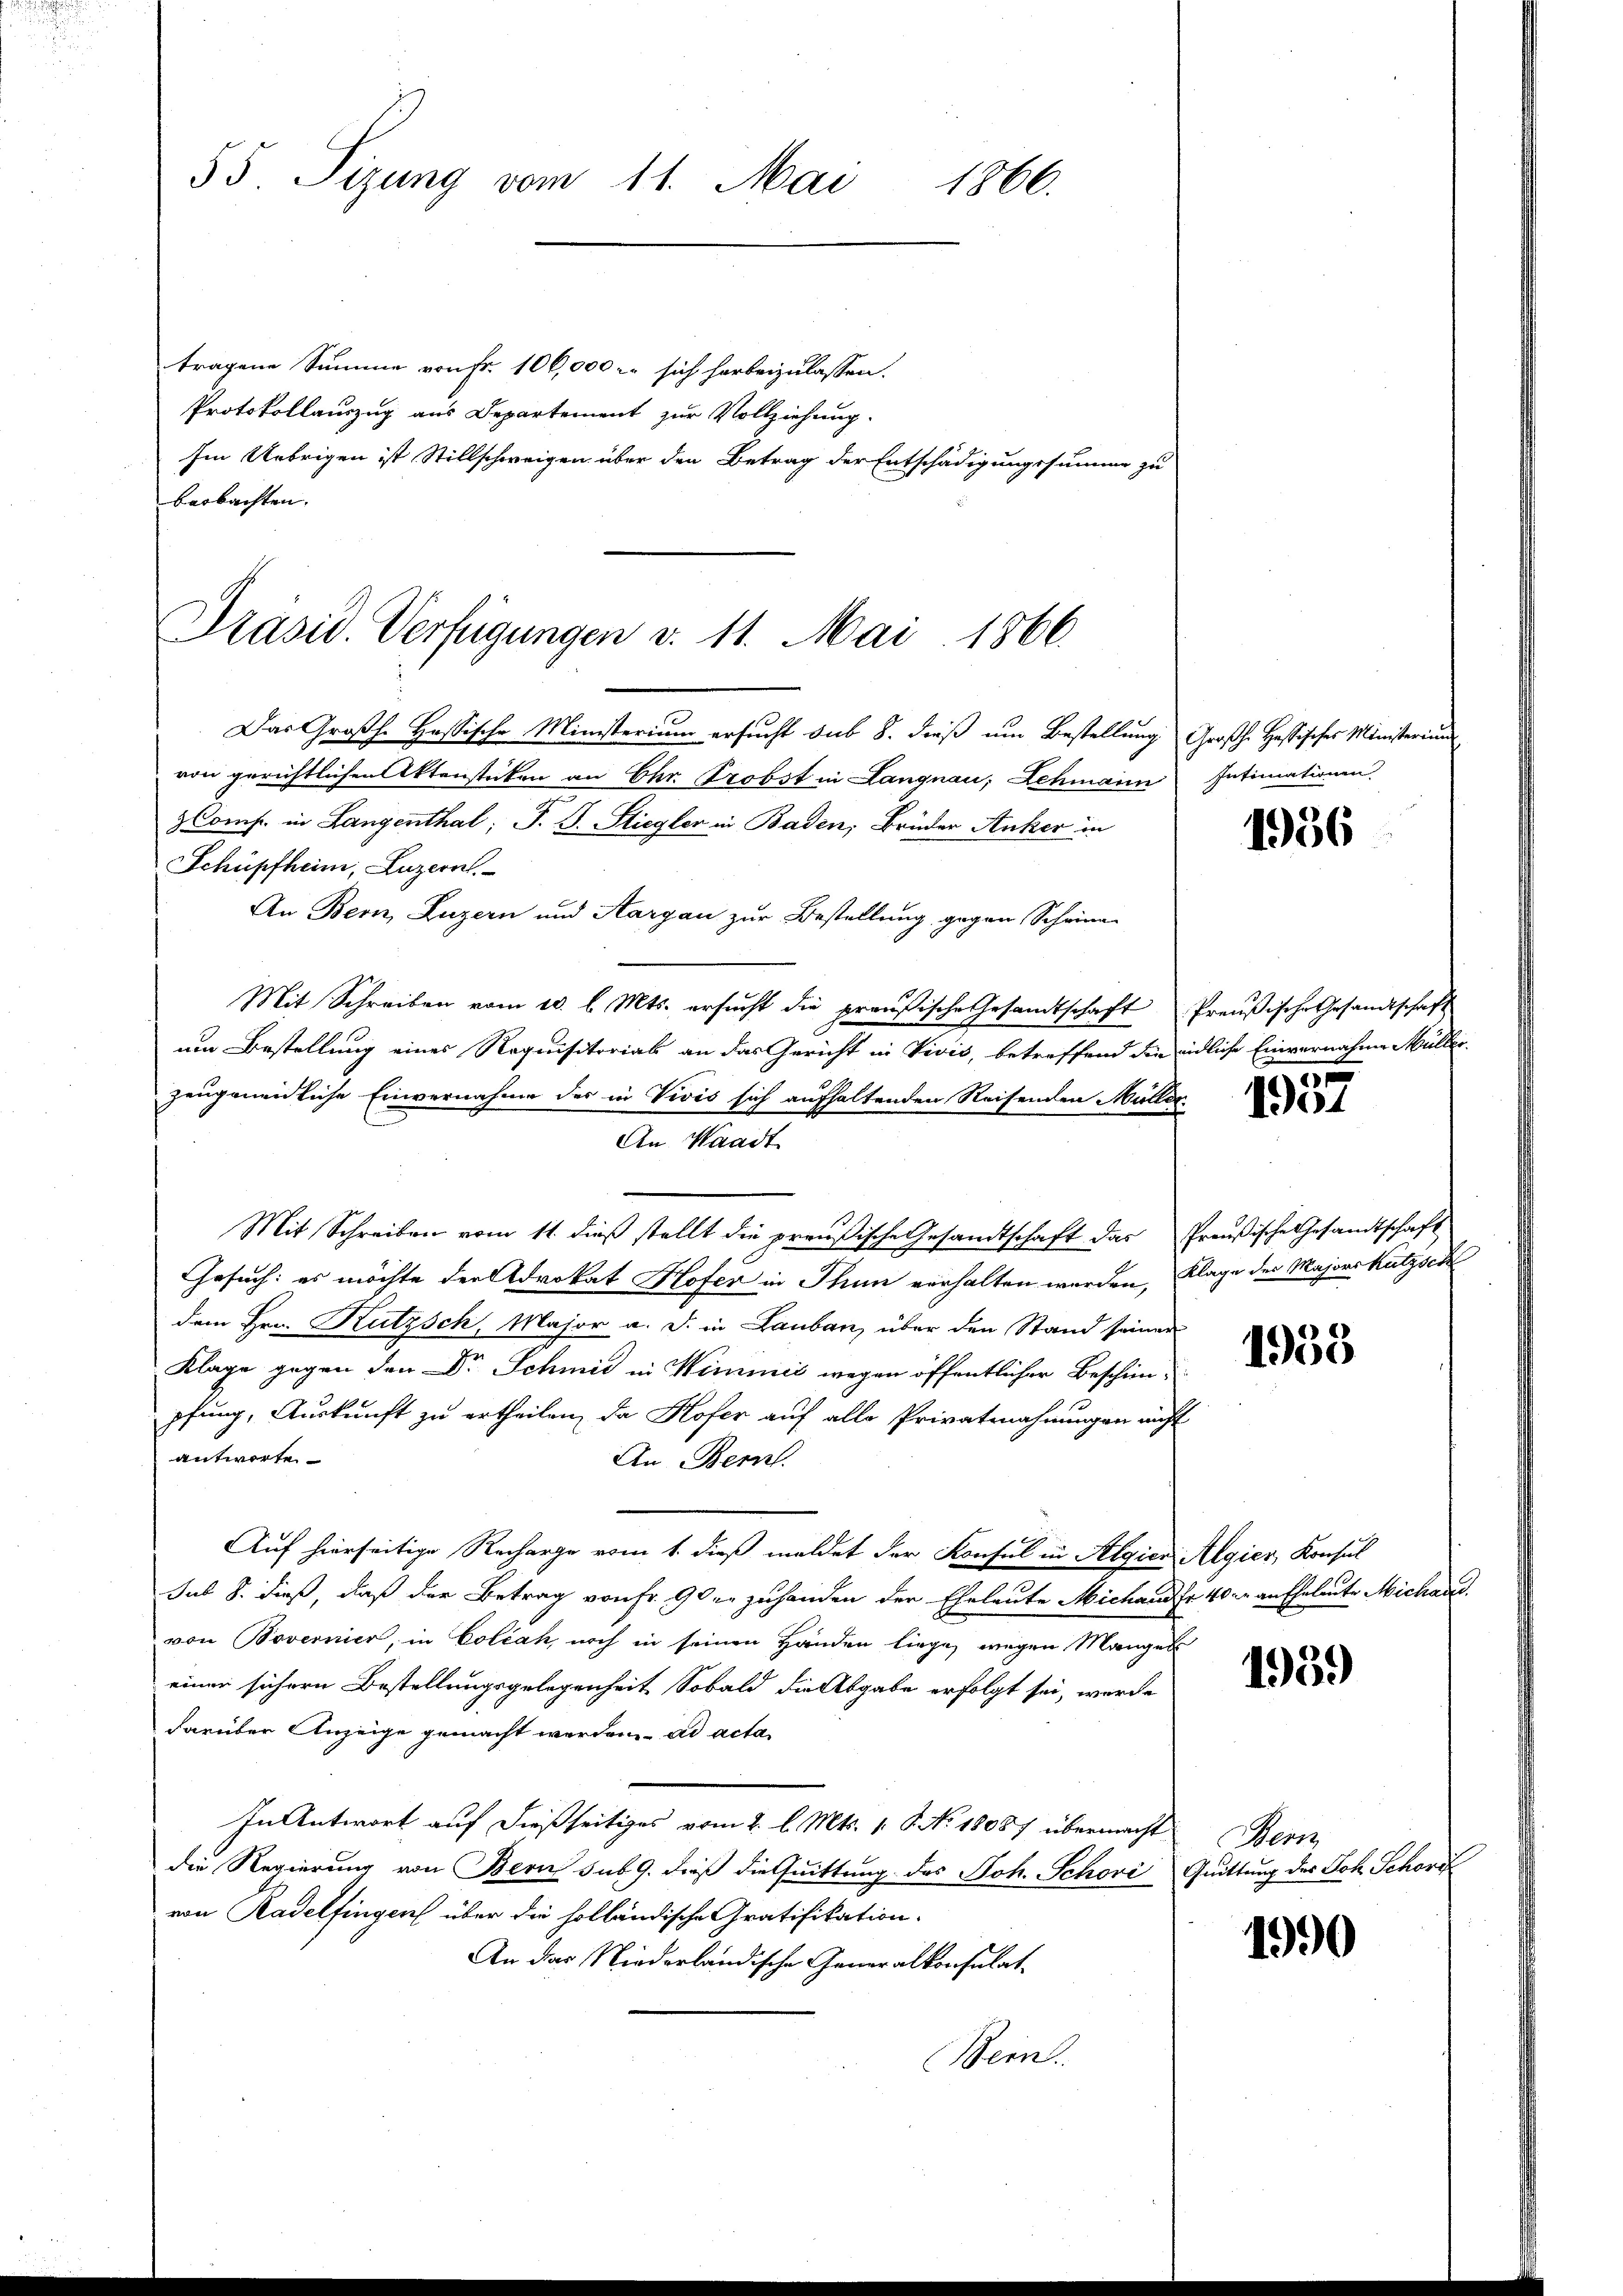
55. Sizung vom 11. Mai
1866.

tragene Summe von Fr. 100,000 r. sich herbeizulassen.
Protokollauszug aus Departement zur Vollziehung.
Im Uebrigen ist Stillschweigen über den Betrag der Entschädigungssumme zu
beobachten. |

Präsid. Verfügungen v. 11. Mai 1866

Das Großh. Hassische Ministerium ersucht sub 8. dieß um Bestellung, Großh. Hassisches Ministerium
von gerichtlichen Aktenstücken an Chr. Probst in Langnau; Lehmann Intimationen
Comp. in Langenthal; J. J. Stiegler in Baden, Brüder Anker in
Schüpfheim, Luzern
An Bern, Luzern und Aargau zur Bestellung gegen Scheina
Mit Schreiben vom 10. l. Mts. ersucht die preußische Gesandtschaft Preußische Gesandtschaft
um Bestellung eines Requisitorial an das Gericht in Vivis, betreffend die endliche Einvernahme Müller
zeugenendliche Einvernahme des in Vivis sich aufhaltenden Reisenden Müller
An Waadt
Mit Schreiben vom 11. dieß stellt die preußische Gesandtschaft das Preußische Gesandtschaft
Gesuch: es möchte der Advokat Hofer in Thun verhalten werden, Klage der Majors kutzsch
dem Hrn. Kutzsch, Major a. d. in Lauban, über den Stand seiner
Klage gegen den Dr Schmid in Wimmić wegen öffentlicher Beschinpfung, Auskunft zu ertheilen, da Hofer auf alle Privatmahnungen nicht
antworte
An Bern.
Auf hierseitige Recharge vom 1. dieß meldet der Konsul in Algien Algier, Konsul
sub 8. dieß, daß der Betrag von Fr. 9 der zu handen der Eheleute Michandse 40. an Eheleute Michard
von Bovernier, in Colčak, noch in seinen Händen liege, wegen Mangen
einen sichern Bestellungsgelegenheit Sobald die Abgabe erfolgt sei, werde
darüber Anzeige gemacht werden. ad acta
In Antwort auf dießseitiges vom 2. l. Mts. 1. P. No 18087 übermacht
die Regierung von Bern sub 9. dieß die Quittung des Joh. Schovi Quittung des Joh. Schors
von Kadelfingen über die holländische Gratifikation.
An der Niederländische Generalkonsulat
Bein.

1956

1937

1955

1939

Wenn

1990